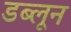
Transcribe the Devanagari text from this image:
डब्लून